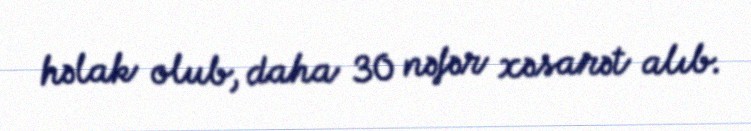
həlak olub, daha 30 nəfər xəsarət alıb.